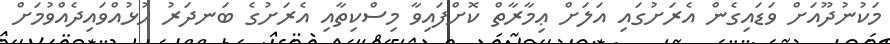
މަކުނުދޫއަށް ވަޑައިގެން އެރަށުގައި އަލަށް ޢިމާރާތް ކޮށްފައިވާ މިސްކިތާއި އެރަށުގެ ބަނދަރު ހުޅުއްވައިދެއްވުމަށް